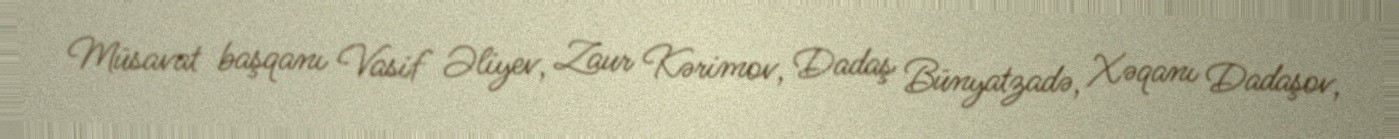
Müsavat başqanı Vasif Əliyev, Zaur Kərimov, Dadaş Bünyatzadə, Xəqanı Dadaşov,